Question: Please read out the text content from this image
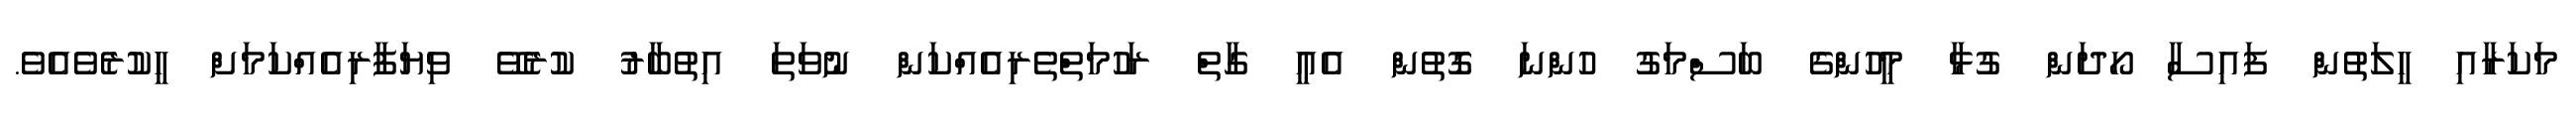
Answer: މަކަރާއި ހީލަތުން ފައިސާ ހޯދަން ގުޅާ މީހުންގެ ބަސްމަގު ހުންނަ ގޮތުން އެއީ ގާތް ރަހުމަތްތެރިއެއްކަން ނުވަތަ އިތުބާރު ކުރެވޭ ވިޔަފާރިއެއްކަމަށް ހީކުރެވެއެވެ.